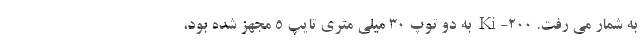
به شمار می رفت. Ki-200 به دو توپ 30 میلی متری تایپ 5 مجهز شده بود،